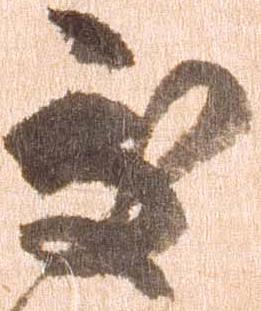
処